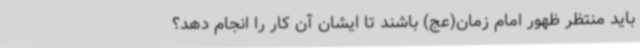
باید منتظر ظهور امام زمان(عج) باشند تا ایشان آن کار را انجام دهد؟